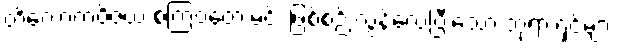
တိလောကဝိဇယ စကြဝတေးမင်း ဖြစ်စဉ် လွန်လေပြီးသော ဘုရားရှင်များ